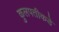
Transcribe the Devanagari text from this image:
कुलपतीकडे